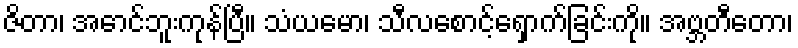
ဇိတာ၊ အောင်ဘူးကုန်ပြီ။ သံယမော၊ သီလစောင့်ရှောက်ခြင်းကို။ အဗ္ဘတီတော၊